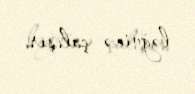
ləğvinə çalışır.